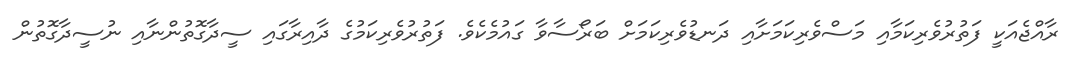
ރާއްޖެއަކީ ފަތުރުވެރިކަމާއި މަސްވެރިކަމަށާއި ދަނޑުވެރިކަމަށް ބަރޯސާވާ ގައުމެކެވެ. ފަތުރުވެރިކަމުގެ ދާއިރާގައި ސީދާގޮތުންނާއި ނުސީދާގޮތުން